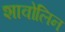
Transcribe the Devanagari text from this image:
शावोलिन